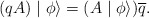
\begin{align*}(qA)\mid\phi \rangle=(A\mid\phi \rangle)\overline{q}.\end{align*}